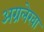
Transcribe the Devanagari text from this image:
अग्रलेखा